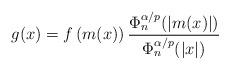
LaTeX: \begin{align*}g(x) = f\left(m(x)\right)\frac{\Phi_n^{\alpha/p}(|m(x)|)}{\Phi_n^{\alpha/p}(|x|)}\end{align*}